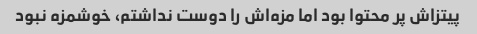
پیتزاش پر محتوا بود اما مزه‌اش را دوست نداشتم، خوشمزه نبود